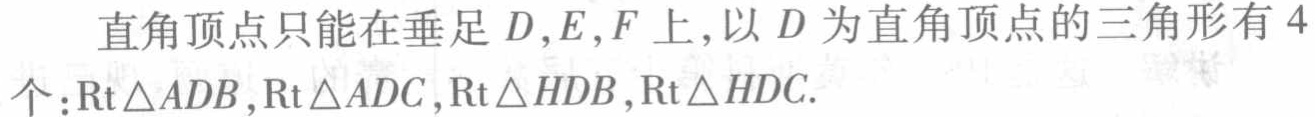
直角顶点只能在垂足 \(D,E,F\) 上，以 \(D\) 为直角顶点的三角形有 \(4\) 个：\(\mathrm{Rt}\triangle ADB,\mathrm{Rt}\triangle ADC,\mathrm{Rt}\triangle HDB,\mathrm{Rt}\triangle HDC\).